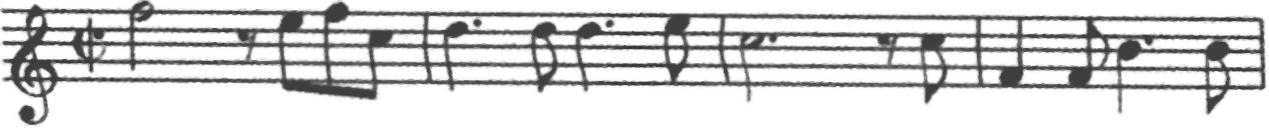
Transcription: clef-G1 timeSignature-C/ note-A5_half rest-eighth note-G5_eighth note-A5_eighth note-E5_eighth barline note-F5_quarter. note-F5_eighth note-F5_quarter. note-G5_eighth barline note-E5_half. rest-eighth note-E5_eighth barline note-A4_quarter note-A4_eighth note-D5_quarter. note-D5_eighth